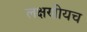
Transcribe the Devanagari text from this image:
लक्षणीयच